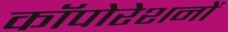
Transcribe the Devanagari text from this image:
कॉपोरेशनों